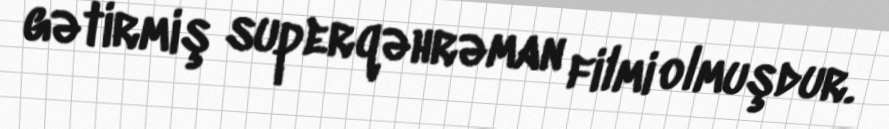
gətirmiş superqəhrəman filmi olmuşdur.